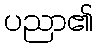
ပညာ၏